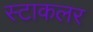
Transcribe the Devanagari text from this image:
स्टाकलर